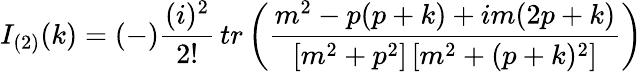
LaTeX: I_{(2)}(k)=(-)\frac{(i)^{2}}{2!}\, tr\left({\frac{m^{2}-p(p+k)+im(2p+k)}{[m^{2}+p^{2}]\, [m^{2}+(p+k)^{2}]}}\right)